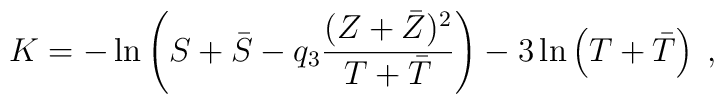
K = -\ln\left( S+\bar{S}-q_3\frac{(Z+\bar{Z})^2}{T+\bar{T}}\right)     -3\ln\left( T+\bar{T}\right)\; ,